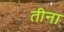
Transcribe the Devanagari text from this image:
तीना